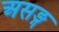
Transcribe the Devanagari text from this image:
असङ्ग